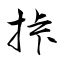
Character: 挊